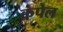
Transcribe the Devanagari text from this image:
कंपेल